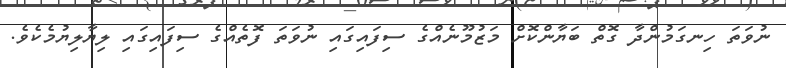
ނުވަތަ ހިނގަމުންދާ ގޮތް ބަޔާންކޮށް މަޒުމޫނެއްގެ ސިފައިގައި ނުވަތަ ފޮތެއްގެ ސިފައިގައި ލިޔާލިޔުމެކެވެ.